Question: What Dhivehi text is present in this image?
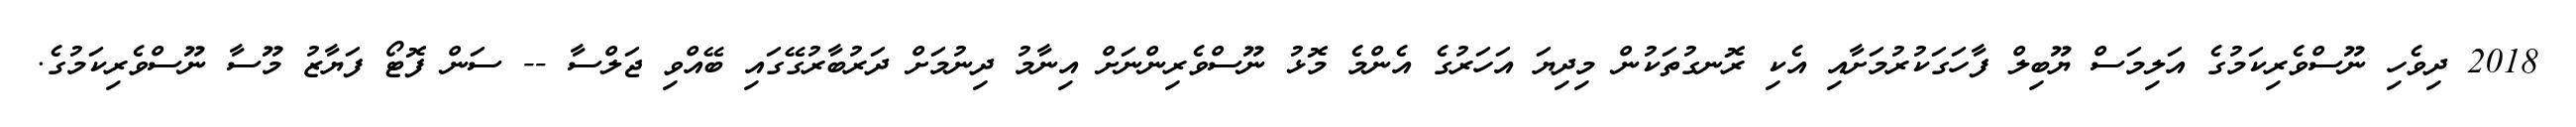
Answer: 2018 ދިވެހި ނޫސްވެރިކަމުގެ އަލިމަސް ޔޫބިލް ފާހަގަކުރުމަށާއި އެކި ރޮނގުތަކުން މިދިޔަ އަހަރުގެ އެންމެ މޮޅު ނޫސްވެރިންނަށް އިނާމު ދިނުމަށް ދަރުބާރުގޭގައި ބޭއްވި ޖަލްސާ -- ސަން ފޮޓޯ ފަޔާޒު މޫސާ ނޫސްވެރިކަމުގެ.